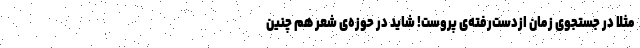
مثلاً در جستجوی زمان ازدست‌رفته‌ی پروست! شاید در حوزه‌ی شعر هم چنین